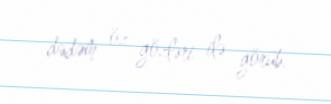
dədəm öz gözləri ilə görüb.